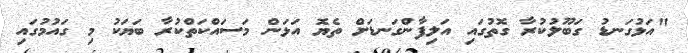
"އަޅުގަނޑު ގަބޫލުކުރާ ގޮތުގައި އަލިފާންގަނޑަށް ތެޔޮ އަޅަން މަސައްކަތްކުރާ ބަޔަކު މި ގައުމުގައި